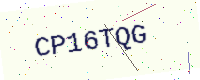
Text: CP16TQG